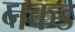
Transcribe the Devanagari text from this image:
नकड